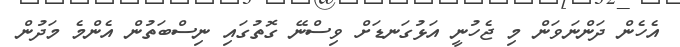
އެހެން ދަންނަވަން މި ޖެހުނީ އަޅުގަނޑަށް ވިސްނޭ ގޮތުގައި ނިސްބަތުން އެންމެ މަދުން